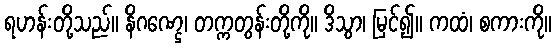
ရဟန်းတို့သည်။ နိဂဏ္ဌေ၊ တက္ကတွန်းတို့ကို။ ဒိသွာ၊ မြင်၍။ ကထံ၊ စကားကို။